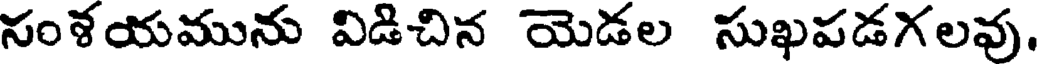
నంళయమును విడిచిన యెడల సుఖపడగలవు.